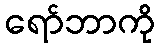
ရော်ဘာကို